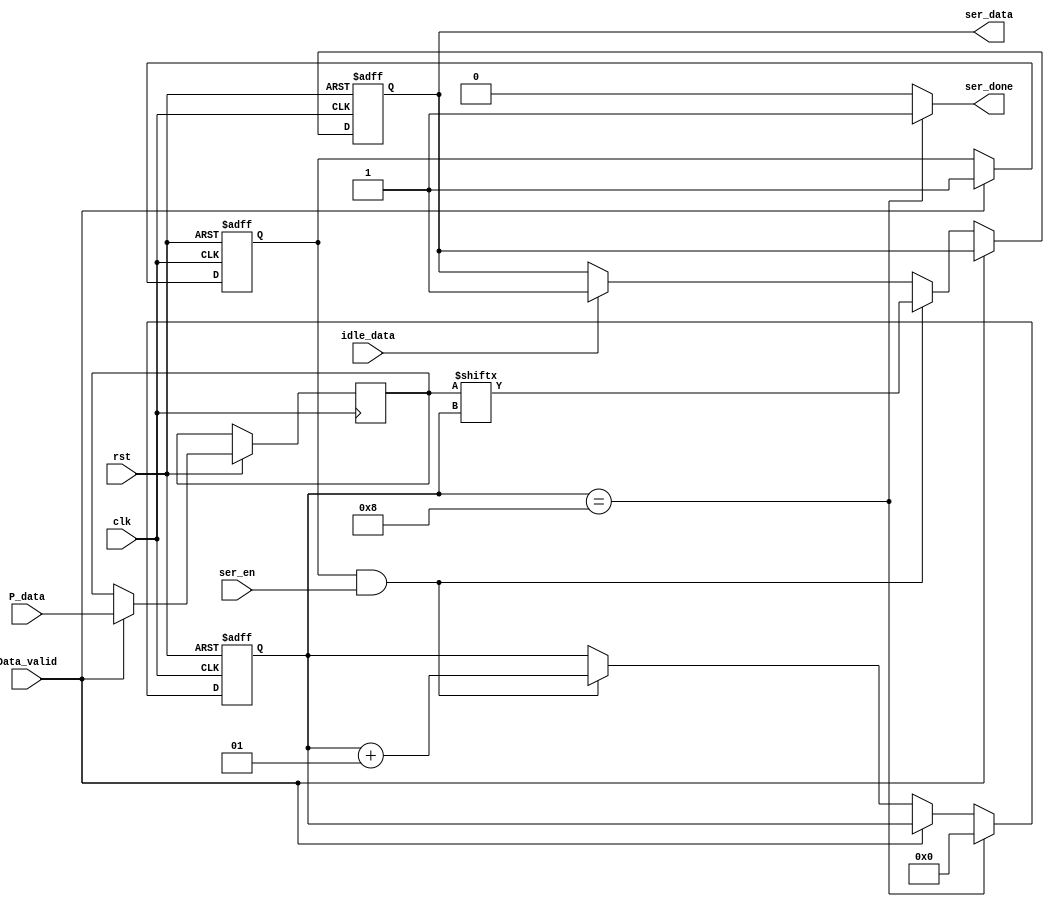
module serializer #(parameter width = 8)  (
    input clk,               // Clock input
    input rst,               // Reset input
    input Data_valid,        // Data validity input
    input [width-1:0] P_data,      // Input data
    input ser_en, idle_data,          // Serializer enable input and idle data
    output ser_done,         // Serializer done output
    output reg ser_data      // Serialized data output
);

    // Internal variables
    integer counter;            // Counter for serialization
    reg [7:0] parrllel_data;    // Parallel data input buffer
    reg valid_reg;              // Flag to indicate valid data in parallel_data buffer

    // Main logic for serializing data
    always @(posedge clk or negedge rst) begin
        if (!rst) begin
            // Reset condition: Initialize variables
            ser_data <= 1;      // Initial value for serialized data
            counter <= 0;       // Reset counter
            valid_reg <= 0;     // Reset valid flag
        end
        else begin
            // If new data is valid, store it in the parallel_data buffer
            if (Data_valid) begin
                valid_reg <= 1;
                parrllel_data <= P_data;
            end
            // If data is valid and serializer is enabled, serialize the data
            else if (valid_reg && ser_en) begin
                // Output serialized data and increment counter
                ser_data <= parrllel_data[counter];
                counter <= counter + 1;
            end
            // after the stop case it will be idle state so retuen the output to 1
            else if (idle_data) begin
                            ser_data <= 1;    
            end
            // Reset counter if serialization is completed
            if (counter == 8) begin
                counter <= 0;
            end
        end
    end

    // Output signal indicating serialization completion
    assign ser_done = (counter == 8) ? 1 : 0;

endmodule